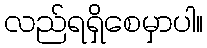
လည်ရရှိစေမှာပါ။